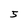
Character: 5